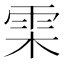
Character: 雬